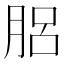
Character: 𦛗